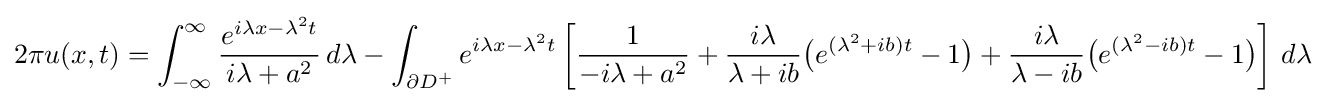
2\pi u(x,t)=\int _{-\infty }^{\infty }{\frac {e^{i\lambda x-\lambda ^{2}t}}{i\lambda +a^{2}}}\,d\lambda -\int _{\partial D^{+}}e^{i\lambda x-\lambda ^{2}t}\left[{\frac {1}{-i\lambda +a^{2}}}+{\frac {i\lambda }{\lambda +ib}}{\bigl (}e^{(\lambda ^{2}+ib)t}-1{\bigr )}+{\frac {i\lambda }{\lambda -ib}}{\bigl (}e^{(\lambda ^{2}-ib)t}-1{\bigr )}\right]\,d\lambda